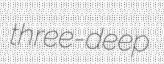
three-deep